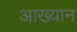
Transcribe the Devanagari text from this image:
आख्‍यान